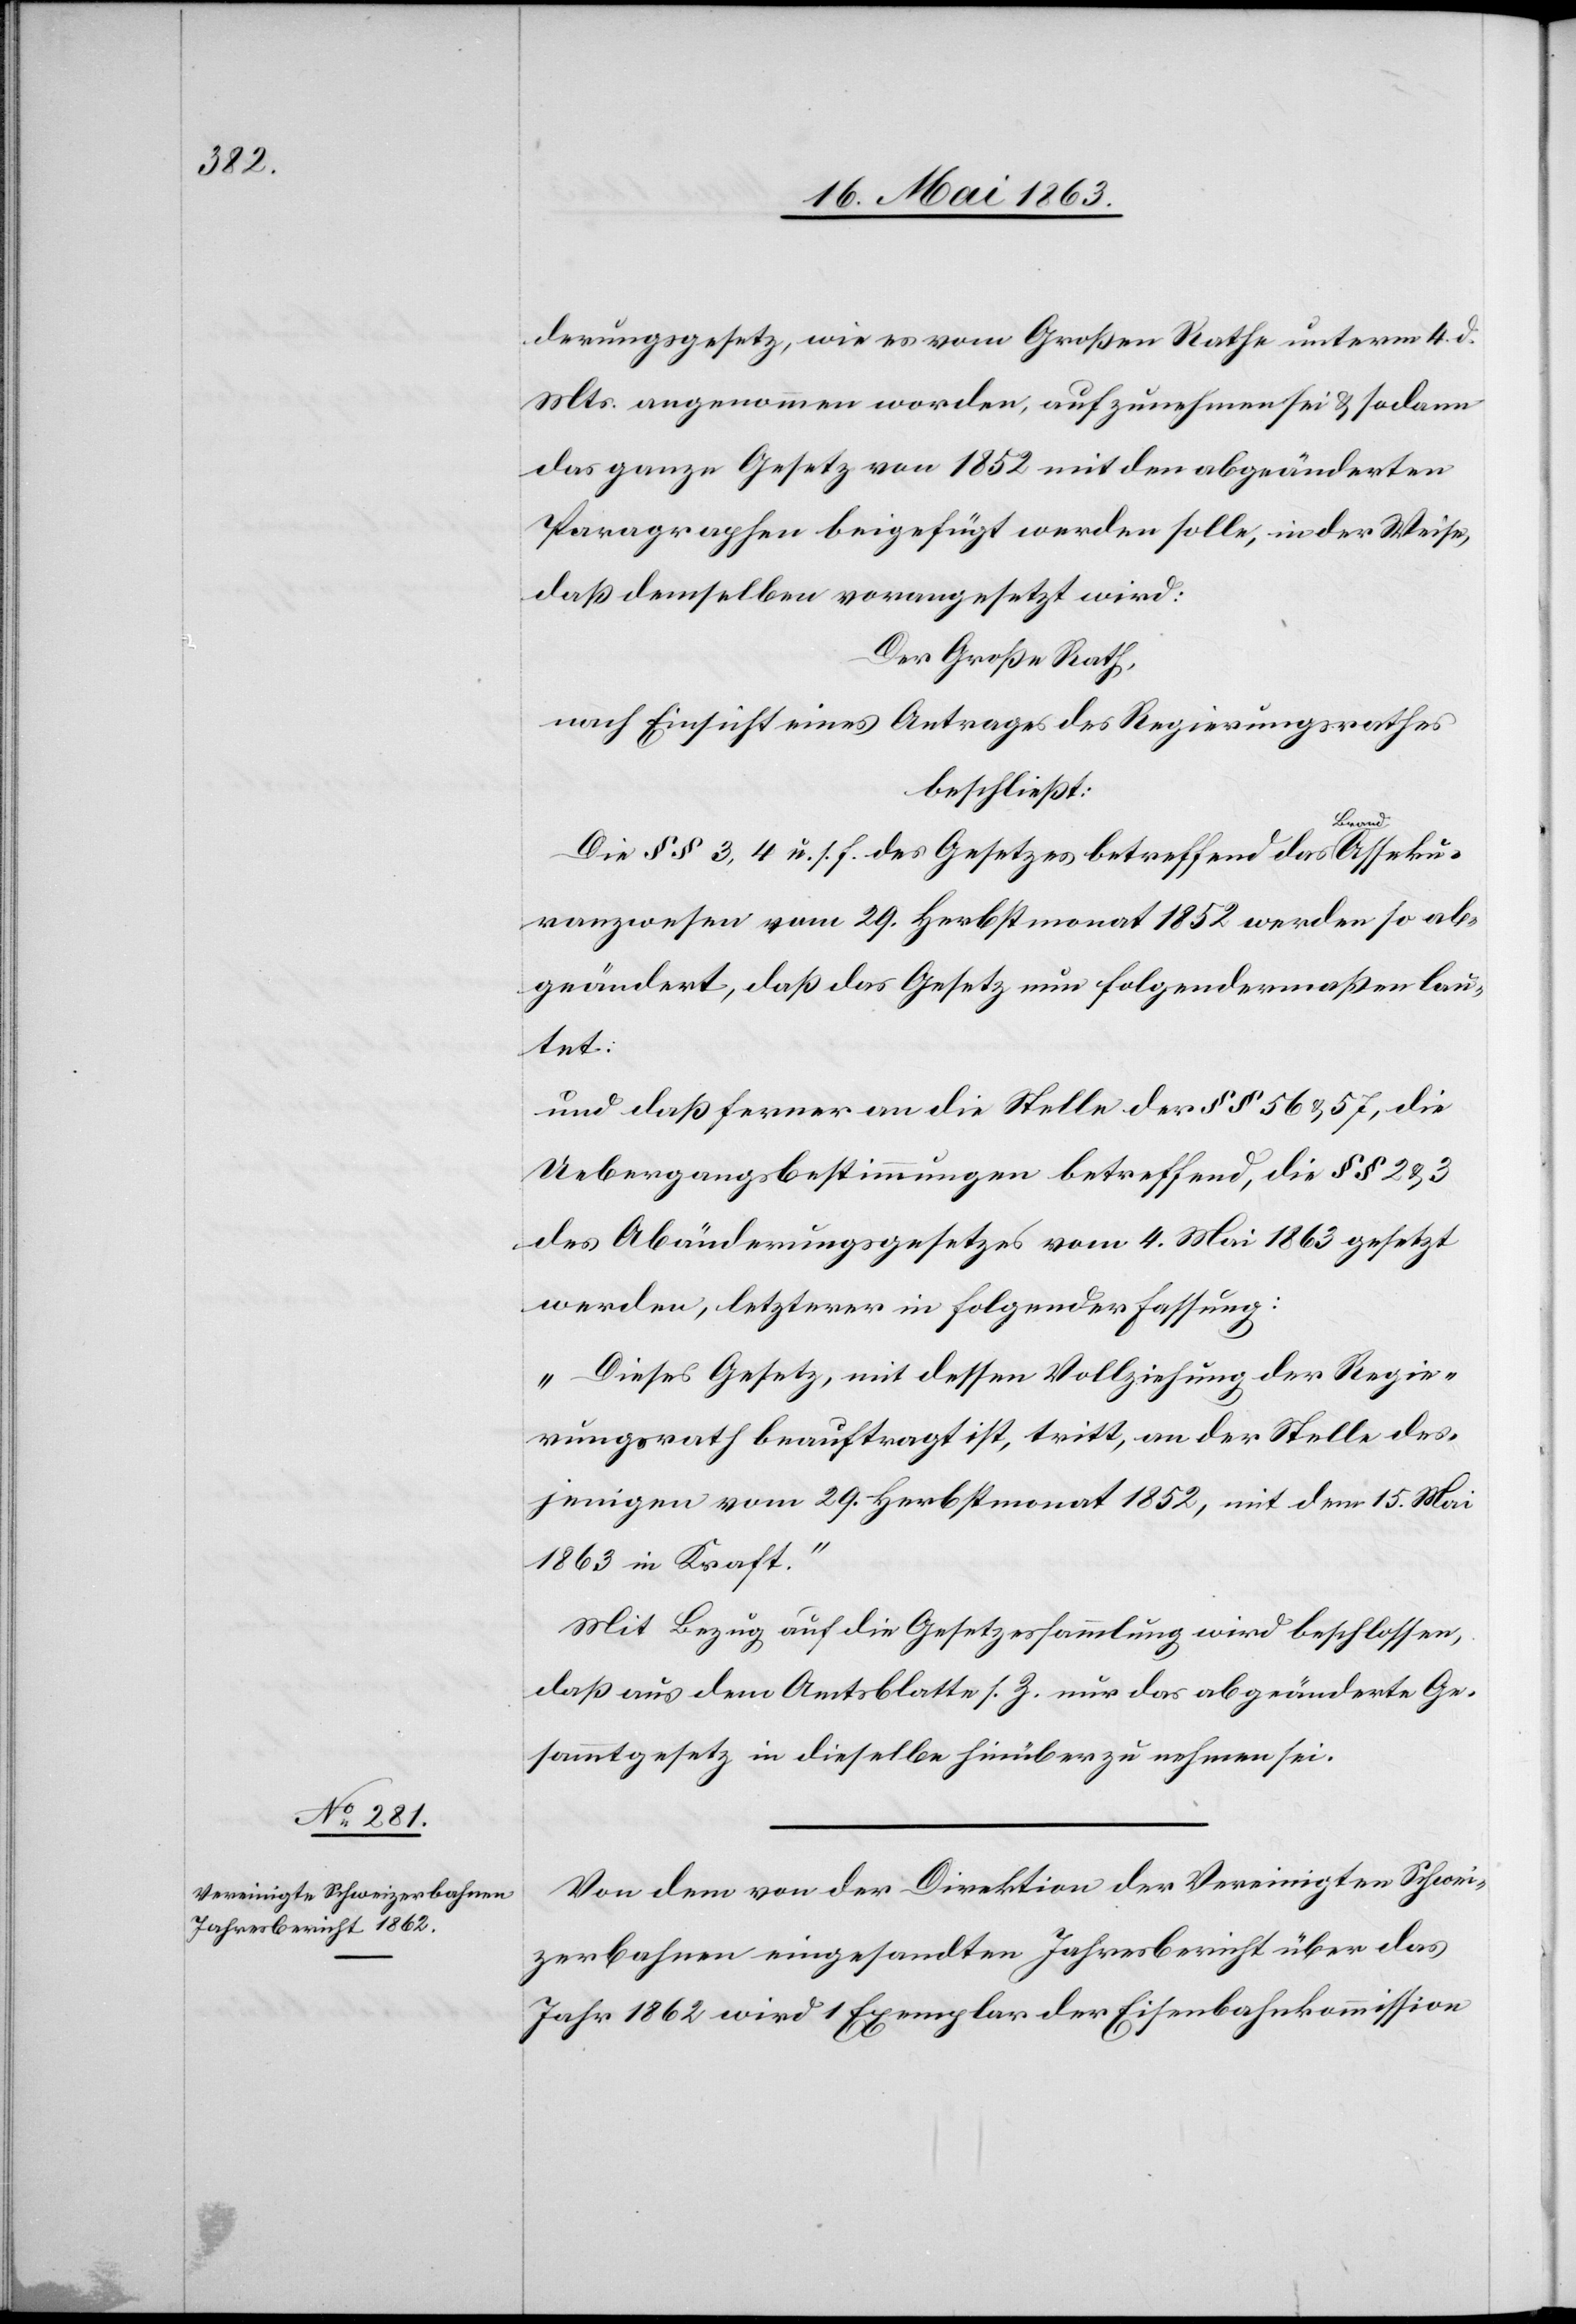
derungsgesetz, wie es vom Großen Rathe unterm 4. d.
Mts. angenommen worden, aufzunehmen sei & sodann
das ganze Gesetz von 1852 mit den abgeänderten
Paragraphen beigefügt werden solle, in der Weise,
daß demselben vorangesetzt wird:
Der Große Rath,
nach Einsicht eines Antrages des Regierungsrathes
beschließt:
Die §§ 3, 4 u. s. f. des Gesetzes betreffend das Brandasseku¬
ranzwesen vom 29. Herbstmonat 1852 werden so ab¬
geändert, daß das Gesetz nun folgendermaßen lau¬
tet:
und daß ferner an die Stelle der §§ 56 & 57, die
Uebergangsbestimmungen betreffend, die §§ 2 & 3
des Abänderungsgesetzes vom 4. Mai 1863 gesetzt
werden, letzterer in folgender Fassung:
„Dieses Gesetz, mit dessen Vollziehung der Regie¬
rungsrath beauftragt ist, tritt, an der Stelle des¬
jenigen vom 29. Herbstmonat 1852, mit dem 15. Mai
1863 in Kraft.“
Mit Bezug auf die Gesetzessammlung wird beschlossen,
daß aus dem Amtsblatte s. Z. nur das abgeänderte Ge¬
sammtgesetz in dieselbe hinüberzunehmen sei.
Von dem von der Direktion der Vereinigten Schwei¬
zerbahnen eingesandten Jahresbericht über das
Jahr 1862 wird 1 Exemplar der Eisenbahnkommission